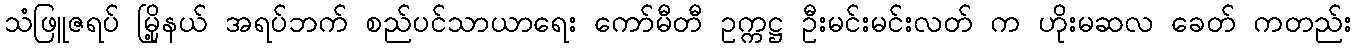
သံဖြူဇရပ် မြို့နယ် အရပ်ဘက် စည်ပင်သာယာရေး ကော်မီတီ ဥက္ကဋ္ဌ ဦးမင်းမင်းလတ် က ဟိုးမဆလ ခေတ် ကတည်း